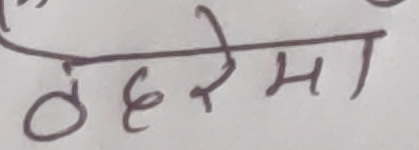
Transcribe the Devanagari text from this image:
ठहरेमा